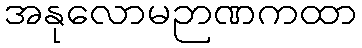
အနုလောမဉာဏကထာ